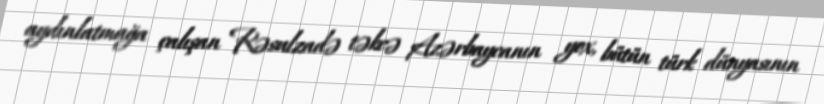
aydınlatmağa çalışan Rəsulzadə təkcə Azərbaycanın yox, bütün türk dünyasının